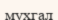
мухгал